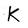
Character: K